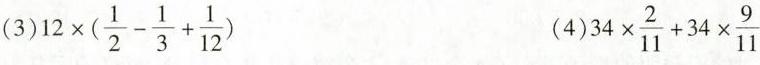
(3) $$1 2 \times ( \frac { 1 } { 2 } - \frac { 1 } { 3 } + \frac { 1 } { 1 2 } )$$ (4) $$3 4 \times \frac { 2 } { 1 1 } + 3 4 \times \frac { 9 } { 1 1 }$$